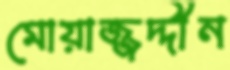
মোয়াজ্জদ্দীন